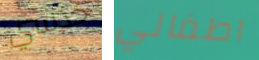
حدسي اطفالي